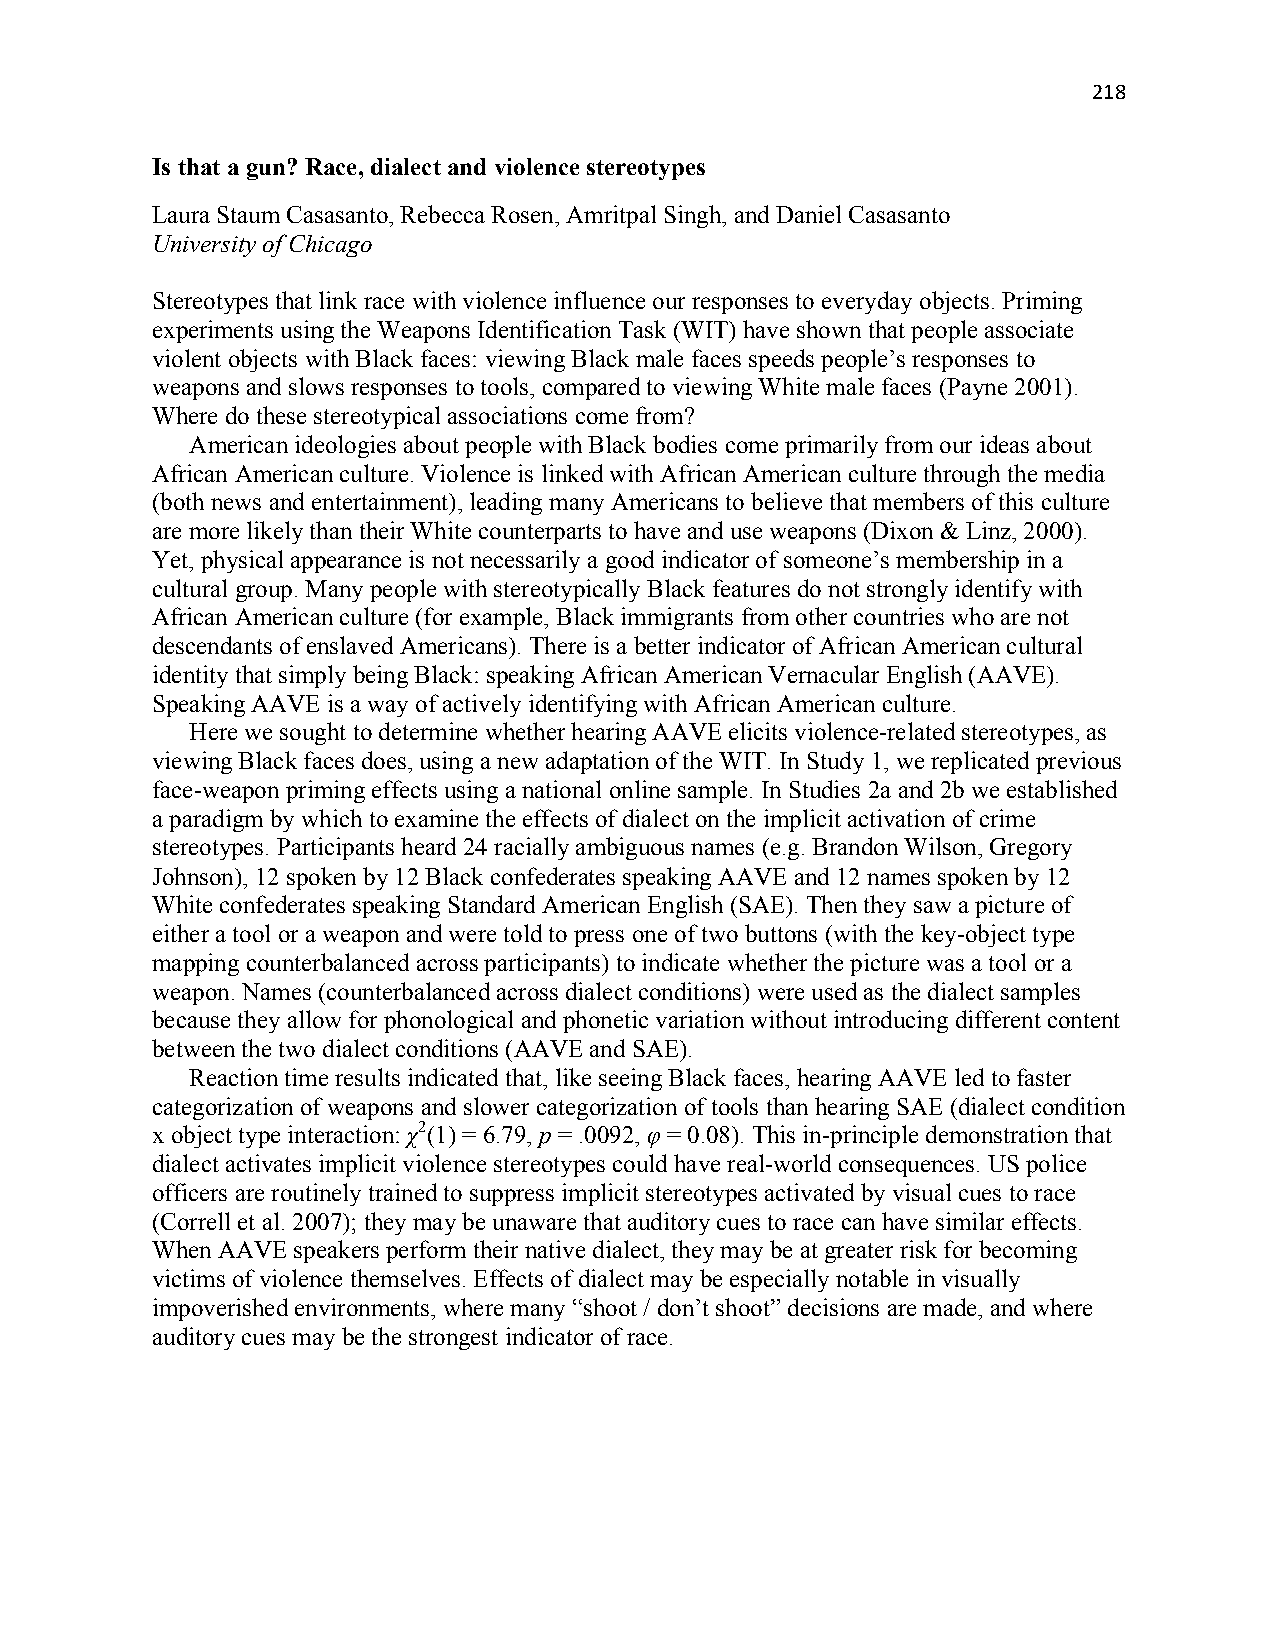
218
 Is that a gun? Race, dialect and violence stereotypes
 Laura Staum Casasanto, Rebecca Rosen, Amritpal Singh, and Daniel Casasanto
 University of Chicago
 Stereotypes that link race with violence influence our responses to everyday objects. Priming
 experiments using the Weapons Identification Task (WIT) have shown that people associate
 violent objects with Black faces: viewing Black male faces speeds people’s responses to
 weapons and slows responses to tools, compared to viewing White male faces (Payne 2001).
 Where do these stereotypical associations come from?
 American ideologies about people with Black bodies come primarily from our ideas about
 African American culture. Violence is linked with African American culture through the media
 (both news and entertainment), leading many Americans to believe that members of this culture
 are more likely than their White counterparts to have and use weapons (Dixon & Linz, 2000).
 Yet, physical appearance is not necessarily a good indicator of someone’s membership in a
 cultural group. Many people with stereotypically Black features do not strongly identify with
 African American culture (for example, Black immigrants from other countries who are not
 descendants of enslaved Americans). There is a better indicator of African American cultural
 identity that simply being Black: speaking African American Vernacular English (AAVE).
 Speaking AAVE is a way of actively identifying with African American culture.
 Here we sought to determine whether hearing AAVE elicits violence-related stereotypes, as
 viewing Black faces does, using a new adaptation of the WIT. In Study 1, we replicated previous
 face-weapon priming effects using a national online sample. In Studies 2a and 2b we established
 a paradigm by which to examine the effects of dialect on the implicit activation of crime
 stereotypes. Participants heard 24 racially ambiguous names (e.g. Brandon Wilson, Gregory
 Johnson), 12 spoken by 12 Black confederates speaking AAVE and 12 names spoken by 12
 White confederates speaking Standard American English (SAE). Then they saw a picture of
 either a tool or a weapon and were told to press one of two buttons (with the key-object type
 mapping counterbalanced across participants) to indicate whether the picture was a tool or a
 weapon. Names (counterbalanced across dialect conditions) were used as the dialect samples
 because they allow for phonological and phonetic variation without introducing different content
 between the two dialect conditions (AAVE and SAE).
 Reaction time results indicated that, like seeing Black faces, hearing AAVE led to faster
 categorization of weapons and slower categorization of tools than hearing SAE (dialect condition
 x object type interaction: χ2(1) = 6.79, p = .0092, φ = 0.08). This in-principle demonstration that
 dialect activates implicit violence stereotypes could have real-world consequences. US police
 officers are routinely trained to suppress implicit stereotypes activated by visual cues to race
 (Correll et al. 2007); they may be unaware that auditory cues to race can have similar effects.
 When AAVE speakers perform their native dialect, they may be at greater risk for becoming
 victims of violence themselves. Effects of dialect may be especially notable in visually
 impoverished environments, where many “shoot / don’t shoot” decisions are made, and where
 auditory cues may be the strongest indicator of race.